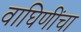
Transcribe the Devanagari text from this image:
वाघिणींचा